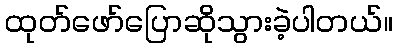
ထုတ်ဖော်ပြောဆိုသွားခဲ့ပါတယ်။